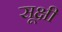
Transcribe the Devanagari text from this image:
सूक्षी